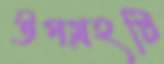
উপগ্রহটি